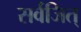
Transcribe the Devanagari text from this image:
सर्वजित्